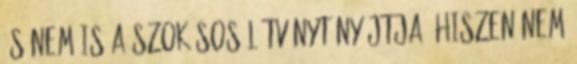
És nem is a szokásos látványt nyújtja, hiszen nem